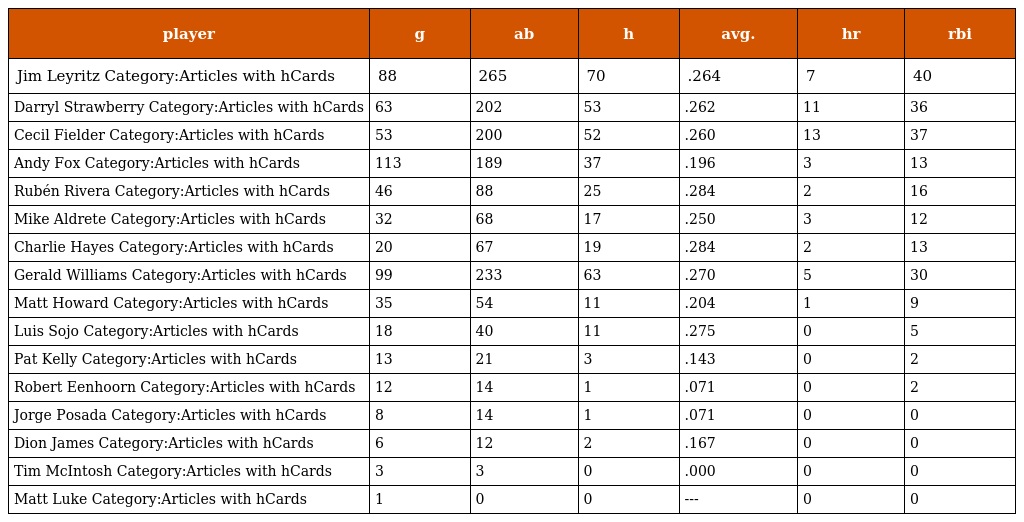
| player | g | ab | h | avg. | hr | rbi |
 | --- | --- | --- | --- | --- | --- | --- |
 | Jim Leyritz Category:Articles with hCards | 88 | 265 | 70 | .264 | 7 | 40 |
 | Darryl Strawberry Category:Articles with hCards | 63 | 202 | 53 | .262 | 11 | 36 |
 | Cecil Fielder Category:Articles with hCards | 53 | 200 | 52 | .260 | 13 | 37 |
 | Andy Fox Category:Articles with hCards | 113 | 189 | 37 | .196 | 3 | 13 |
 | Rubén Rivera Category:Articles with hCards | 46 | 88 | 25 | .284 | 2 | 16 |
 | Mike Aldrete Category:Articles with hCards | 32 | 68 | 17 | .250 | 3 | 12 |
 | Charlie Hayes Category:Articles with hCards | 20 | 67 | 19 | .284 | 2 | 13 |
 | Gerald Williams Category:Articles with hCards | 99 | 233 | 63 | .270 | 5 | 30 |
 | Matt Howard Category:Articles with hCards | 35 | 54 | 11 | .204 | 1 | 9 |
 | Luis Sojo Category:Articles with hCards | 18 | 40 | 11 | .275 | 0 | 5 |
 | Pat Kelly Category:Articles with hCards | 13 | 21 | 3 | .143 | 0 | 2 |
 | Robert Eenhoorn Category:Articles with hCards | 12 | 14 | 1 | .071 | 0 | 2 |
 | Jorge Posada Category:Articles with hCards | 8 | 14 | 1 | .071 | 0 | 0 |
 | Dion James Category:Articles with hCards | 6 | 12 | 2 | .167 | 0 | 0 |
 | Tim McIntosh Category:Articles with hCards | 3 | 3 | 0 | .000 | 0 | 0 |
 | Matt Luke Category:Articles with hCards | 1 | 0 | 0 | --- | 0 | 0 |